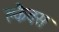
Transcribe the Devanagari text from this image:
क्लैवस